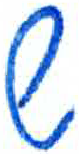
אות: ש